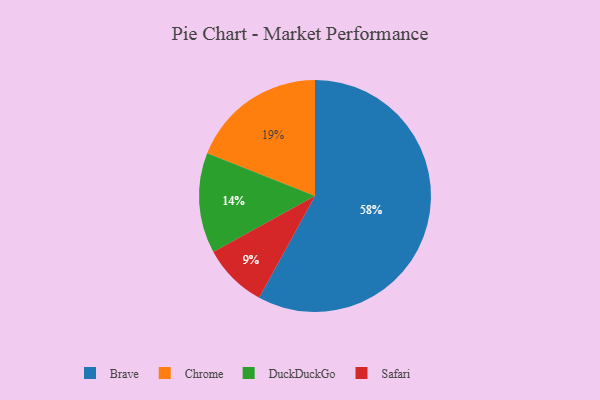
{"axis": {"x": "Category", "y": "Percentage"}, "legend": ["Brave", "Chrome", "DuckDuckGo", "Safari"], "data": [{"x": "Brave", "y": 58, "type": "Brave"}, {"x": "Safari", "y": 9, "type": "Safari"}, {"x": "Chrome", "y": 19, "type": "Chrome"}, {"x": "DuckDuckGo", "y": 14, "type": "DuckDuckGo"}]}